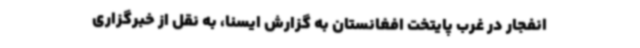
انفجار در غرب پایتخت افغانستان به گزارش ایسنا، به نقل از خبرگزاری